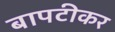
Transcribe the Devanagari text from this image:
बापटीकर